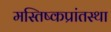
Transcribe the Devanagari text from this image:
मस्तिष्कप्रांतस्था